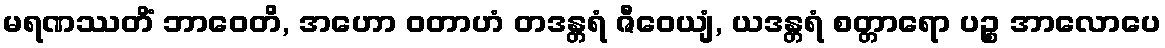
မရဏဿတိံ ဘာဝေတိ, အဟော ဝတာဟံ တဒန္တရံ ဇီဝေယျံ, ယဒန္တရံ စတ္တာရော ပဉ္စ အာလောပေ